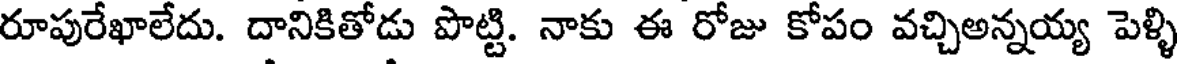
రూపురేఖాలేదు. దానికితోడు పొట్టి. నాకు ఈ రోజు కోపం వచ్చిఅన్నయ్య పెళ్ళి